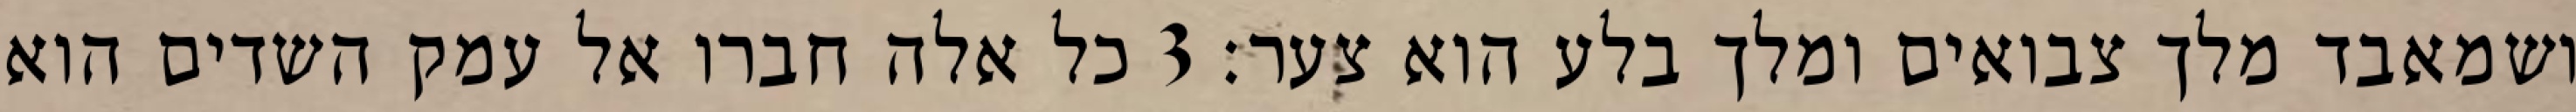
ושמאבד מלך צבואים ומלך בלע הוא צער׃ ‎3‏ כל אלה חברו אל עמק השדים הוא